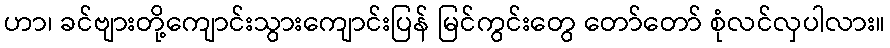
ဟာ၊ ခင်ဗျားတို့ကျောင်းသွားကျောင်းပြန် မြင်ကွင်းတွေ တော်တော် စုံလင်လှပါလား။